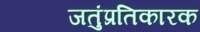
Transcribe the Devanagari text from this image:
जतुंप्रतिकारक